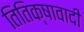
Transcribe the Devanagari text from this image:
तितिक्षावादी